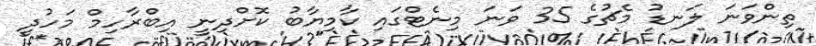
ތިންވަނަ ލަނޑު މެޗުގެ 35 ވަނަ މިނެޓްގައި ކާމިޔާބު ކޮށްދިނީ އިބްރާހިމް މަހުދީ